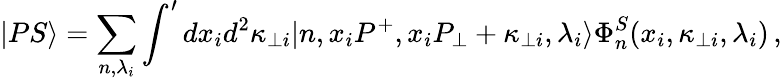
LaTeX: |PS\rangle=\sum_{n,\lambda_{i}}\int^{\prime}dx_{i}d^{2}\kappa_{\bot i}|n,x_{i}P^{+},x_{i}P_{\bot}+\kappa_{\bot i},\lambda_{i}\rangle\Phi_{n}^{S}(x_{i},\kappa_{\bot i},\lambda_{i})\, ,